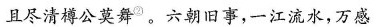
且尽清樽公莫舞。六朝旧事，一江流水，万感